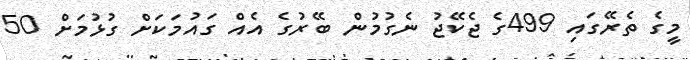
މީގެ ތެރޭގައި 499ގެ ޖެކޭޖު ނެގުމުން ބޭރުގެ އެއް ގައުމަކަށް ގުޅުމަށް 50